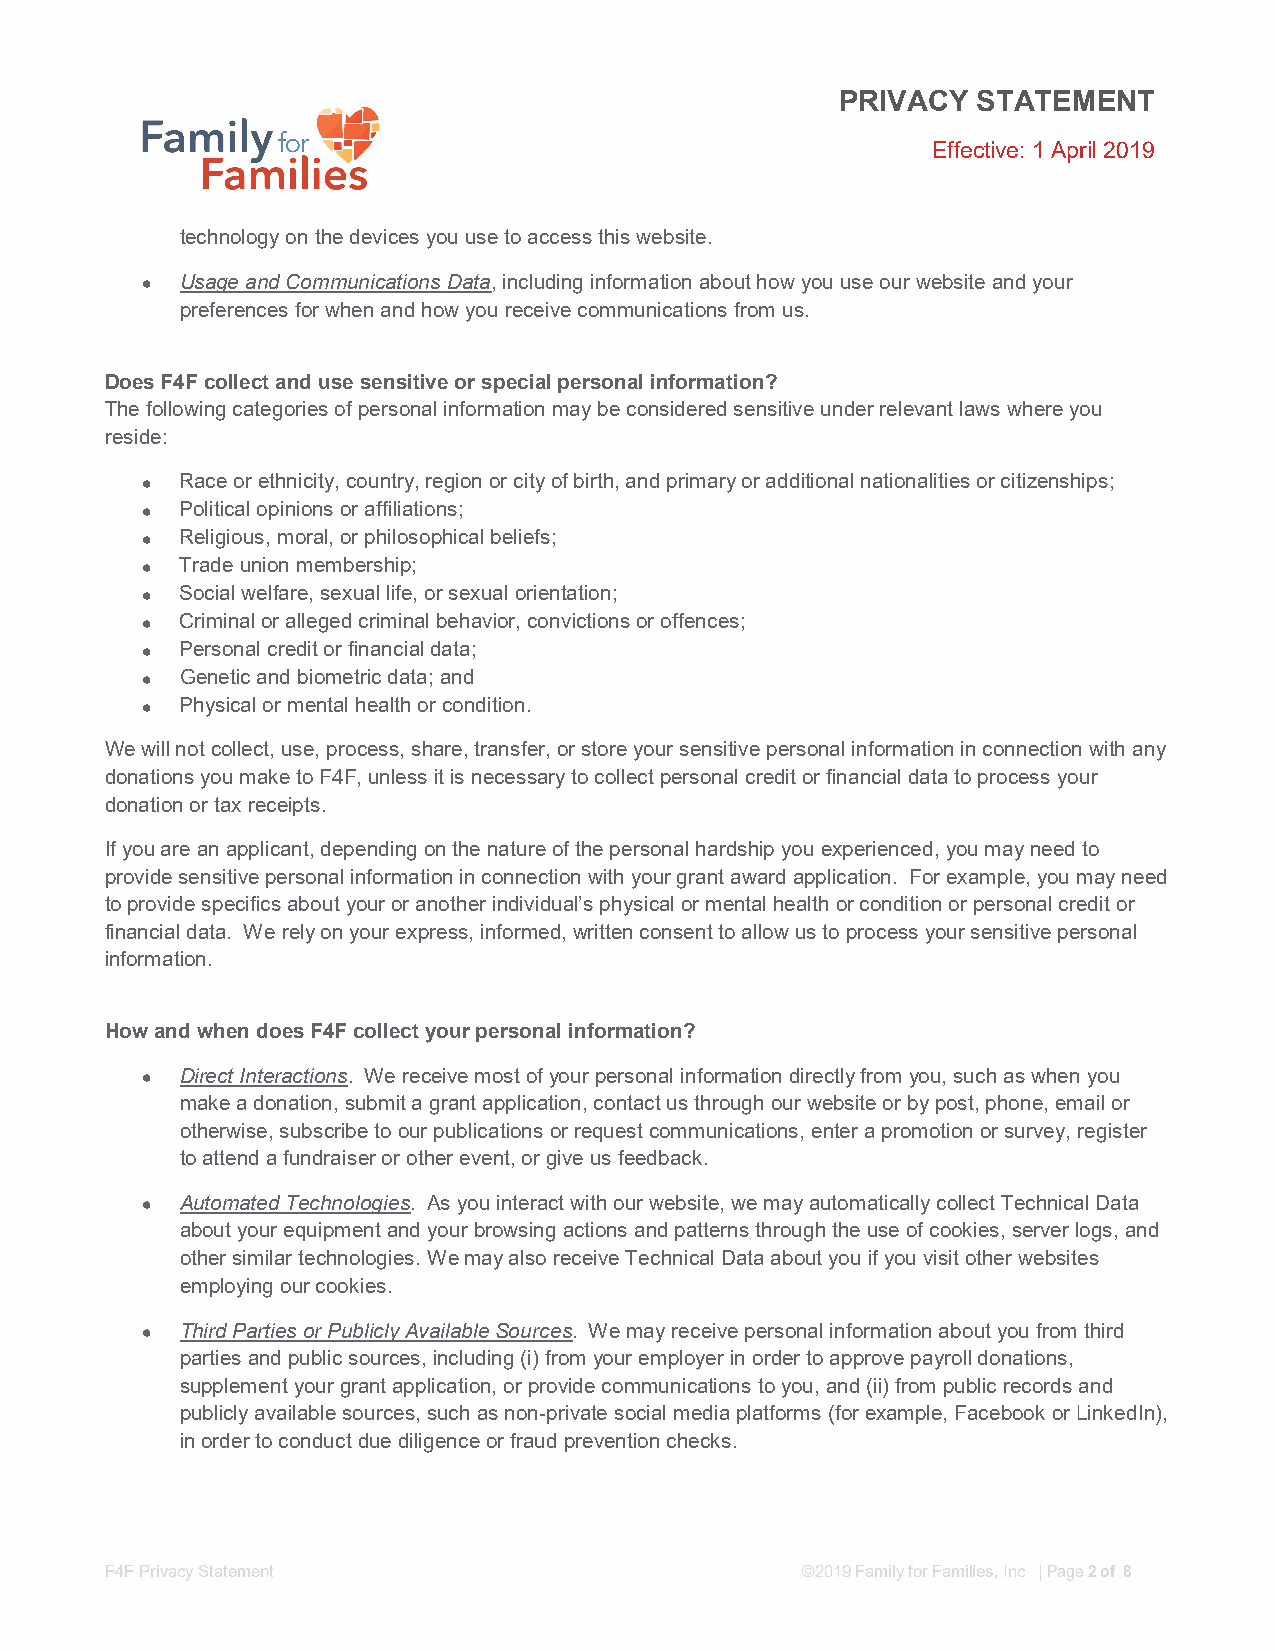
PRIVACY  STATEMENT
 Effective: 1 April 2019
 technology on the devices you use to access this website.
   Usage and Communications Data, including information about how you use our website and your
 preferences for when and how you receive communications from us.
 Does F4F collect and use sensitive or special personal information?
 The following categories of personal information may be considered sensitive under relevant laws where you
 reside:
   Race or ethnicity, country, region or city of birth, and primary or additional nationalities or citizenships;
   Political opinions or affiliations;
   Religious, moral, or philosophical beliefs;
   Trade union membership;
   Social welfare, sexual life, or sexual orientation;
   Criminal or alleged criminal behavior, convictions or offences;
   Personal credit or financial data;
   Genetic and biometric data; and
   Physical or mental health or condition.
 We will not collect, use, process, share, transfer, or store your sensitive personal information in connection with any
 donations you make to F4F, unless it is necessary to collect personal credit or financial data to process your
 donation or tax receipts.
 If you are an applicant, depending on the nature of the personal hardship you experienced, you may need to
 provide sensitive personal information in connection with your grant award application. For example, you may need
 to provide specifics about your or another individual’s physical or mental health or condition or personal credit or
 financial data. We rely on your express, informed, written consent to allow us to process your sensitive personal
 information.
 How and when does F4F collect your personal information?
   Direct Interactions. We receive most of your personal information directly from you, such as when you
 make a donation, submit a grant application, contact us through our website or by post, phone, email or
 otherwise, subscribe to our publications or request communications, enter a promotion or survey, register
 to attend a fundraiser or other event, or give us feedback.
   Automated Technologies. As you interact with our website, we may automatically collect Technical Data
 about your equipment and your browsing actions and patterns through the use of cookies, server logs, and
 other similar technologies. We may also receive Technical Data about you if you visit other websites
 employing our cookies.
   Third Parties or Publicly Available Sources. We may receive personal information about you from third
 parties and public sources, including (i) from your employer in order to approve payroll donations,
 supplement your grant application, or provide communications to you, and (ii) from public records and
 publicly available sources, such as non-private social media platforms (for example, Facebook or LinkedIn),
 in order to conduct due diligence or fraud prevention checks.
 F4F Privacy Statement                         ©2019 Family for Families, Inc | Page 2 of 8